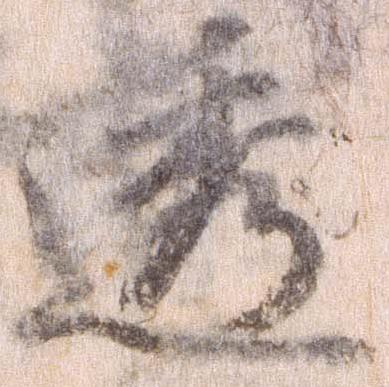
透